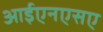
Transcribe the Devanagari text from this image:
आईएनएसए